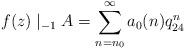
LaTeX: \begin{align*}f(z)\mid_{-1}A=\sum_{n=n_0}^{\infty}a_0(n)q_{24}^{n}\end{align*}